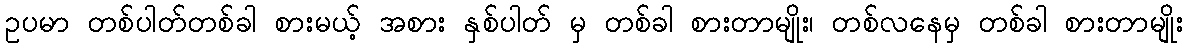
ဥပမာ တစ်ပါတ်တစ်ခါ စားမယ့် အစား နှစ်ပါတ် မှ တစ်ခါ စားတာမျိုး၊ တစ်လနေမှ တစ်ခါ စားတာမျိုး